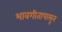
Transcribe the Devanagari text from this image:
भावगीतापासून